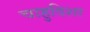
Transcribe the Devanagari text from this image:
चाहुदिशा